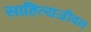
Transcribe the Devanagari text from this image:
साहित्यजीवन